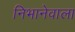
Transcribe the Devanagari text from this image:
निभानेवाला